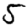
Digit: 5